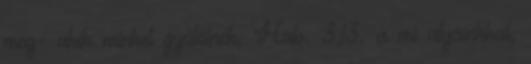
meg− akik minket gyűlölnek; Hab. 3,13. a mi atyáinkkal,